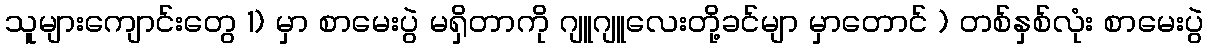
သူများကျောင်းတွေ 1) မှာ စာမေးပွဲ မရှိတာကို ဂျူဂျူလေးတို့ခင်မျာ မှာတောင် ) တစ်နှစ်လုံး စာမေးပွဲ